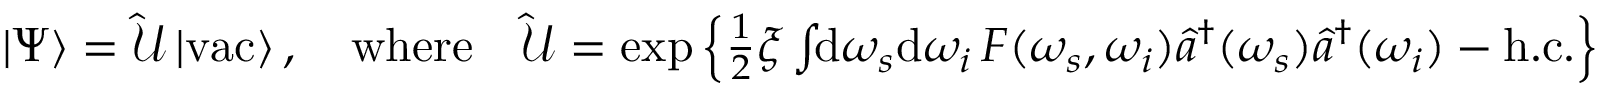
\begin{array} { r } { | \Psi \rangle = \hat { \mathcal { U } } \, | \mathrm { v a c } \rangle \, , \quad \mathrm { w h e r e } \quad \hat { \mathcal { U } } = \exp \left\{ \frac { 1 } { 2 } \xi \int \! \! \mathrm { d } \omega _ { s } \mathrm { d } \omega _ { i } \, F ( \omega _ { s } , \omega _ { i } ) \hat { a } ^ { \dagger } ( \omega _ { s } ) \hat { a } ^ { \dagger } ( \omega _ { i } ) - \mathrm { h . c . } \right\} } \end{array}